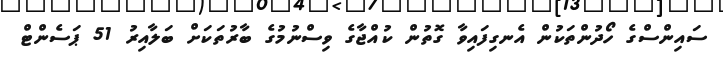
ސައިންސްގެ ހޯދުންތަކުން އެނގިފައިވާ ގޮތުން ކުއްޖާގެ ވިސްނުމުގެ ބާރުތަކަށް ބަލާއިރު 51 ޕަސެންޓް